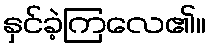
နှင်ခဲ့ကြလေ၏။